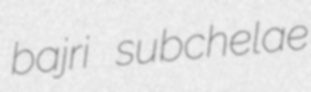
bajri subchelae